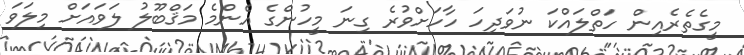
މީގެތެރެއިން ހަތްލައްކަ ނުވަދިހަ ހާހަށްވުރެ ގިނަ މީހުންގެ އެންމެ މަޤްބޫލު ލަވައަށް މިލަވަ